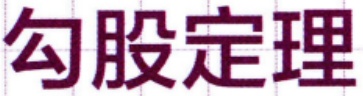
勾股定理